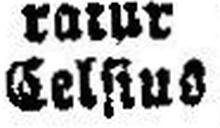
Celsius